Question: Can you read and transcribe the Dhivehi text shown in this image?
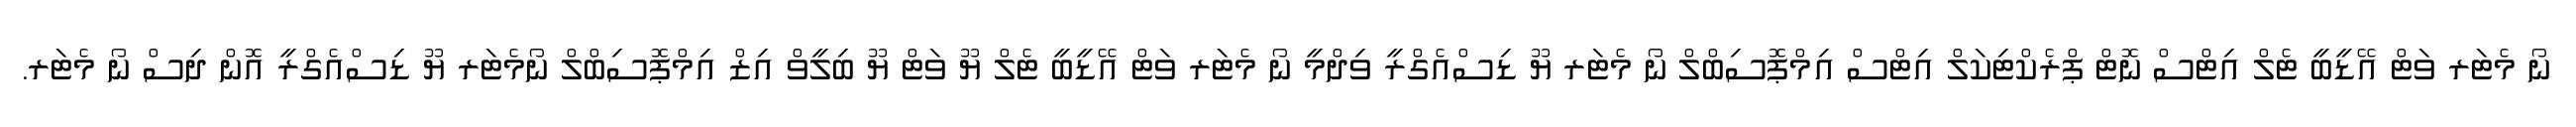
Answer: ނޯ މެޓަރ ވަޓް އޭޑީބީ ޓެލް އިޓްސް ނޮޓް ޕްރެކްޓިކަލް އިޓްސް އިމްޕޮސިބްލް ނޯ މެޓަރ ޔޫ ޑިސްއެގްރީ ވިދްމީ ނޯ މެޓަރ ވަޓް އޭޑީބީ ޓެލް ޔޫ ވަޓް ޔޫ ބިލީވް އިޒް އިމްޕޮސިބްލް ނޯމެޓަރ ޔޫ ޑިސްއެގްރީ އޮން ދިސް ނޯ މެޓަރ.